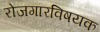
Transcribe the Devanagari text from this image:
रोजगारविषयक